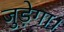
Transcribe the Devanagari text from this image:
जुड़ेगा।